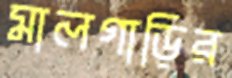
মালগাড়ির